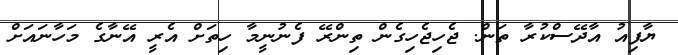
ޔާފިއު އާދޭސްކުރާ ތަން. ޖެހިޖެހިގެން ތިންރޭ ފެނުނީމާ ހިތަށް އެރީ އޭނާގެ މަހާނައަށް